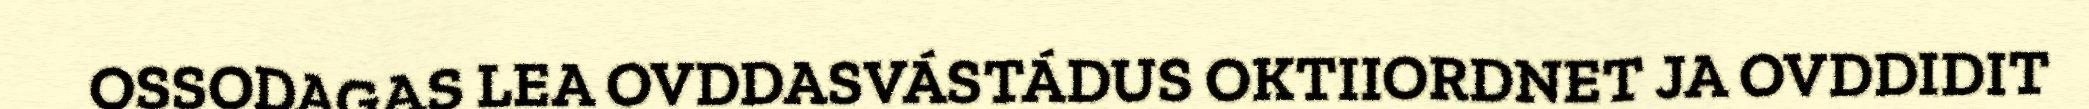
OSSODAGAS LEA OVDDASVÁSTÁDUS OKTIIORDNET JA OVDDIDIT